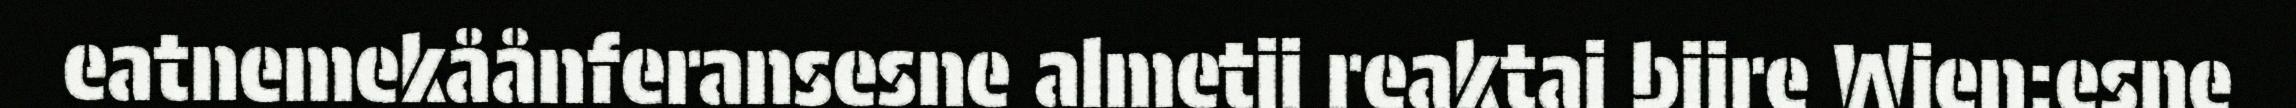
eatnemekåånferansesne almetji reaktaj bijre Wien:esne